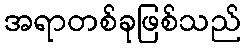
အရာတစ်ခုဖြစ်သည်